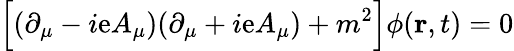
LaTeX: \Big[(\partial_{\mu}-i\mathrm{e}A_{\mu})(\partial_{\mu}+i\mathrm{e}A_{\mu})+m^{2}\Big]\phi(\mathbf{{r}},t)=0